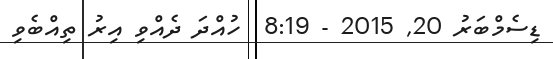
ޑިސެމްބަރު 20